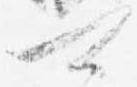
可